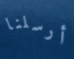
أرسلنا